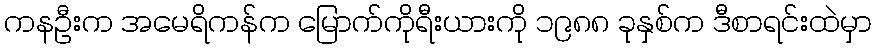
ကနဦးက အမေရိကန်က မြောက်ကိုရီးယားကို ၁၉၈၈ ခုနှစ်က ဒီစာရင်းထဲမှာ